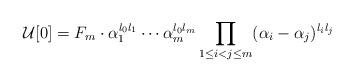
LaTeX: \begin{align*}\mathcal{U}[0] = F_m \cdot \alpha_1^{l_0l_1} \cdots \alpha_m^{l_0l_m} \prod_{1 \le i < j \le m} (\alpha_i - \alpha_j)^{l_i l_j}\end{align*}